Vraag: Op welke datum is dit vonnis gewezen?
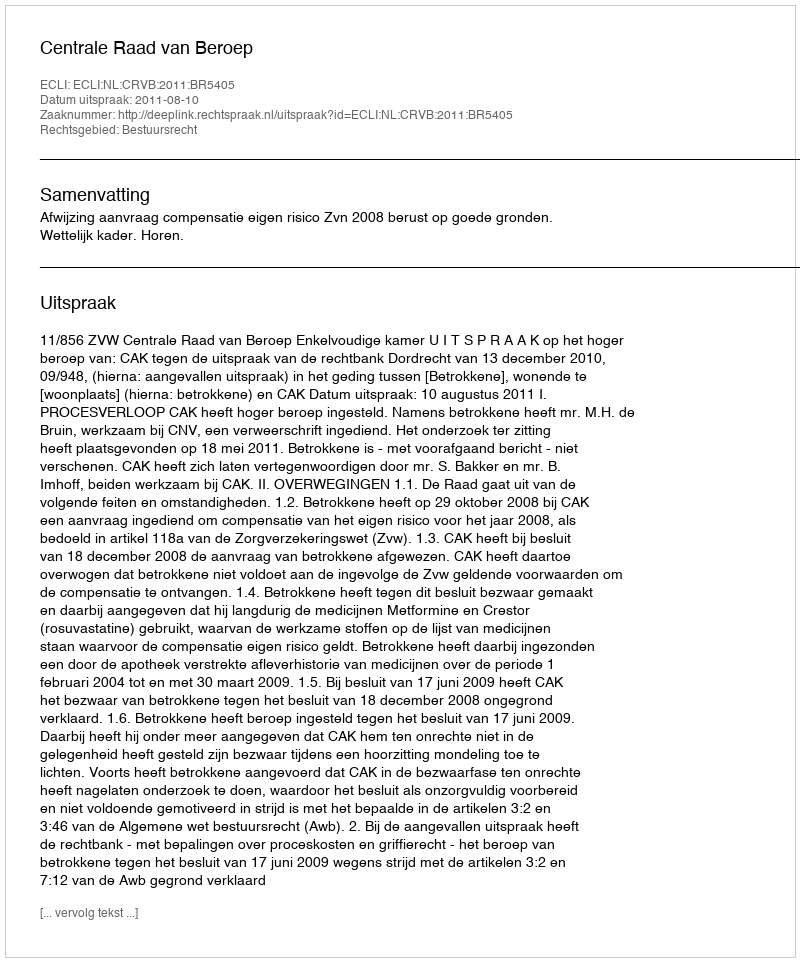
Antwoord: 2011-08-10